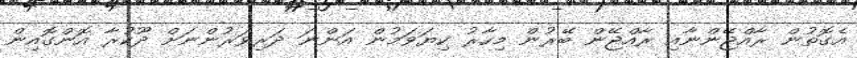
އެގޮތުން ރާއްޖޭންނާއި ރާއްޖޭން ބޭރުން މިހާރު ކިޔަވަމުން އަންނަ ދަރިވަރުންނަށް ދޫކުރާ އޮންގޮއިން